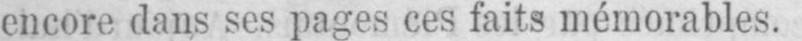
encore dans ses pages ces faits mémorables.